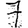
Digit: 7